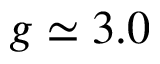
g \simeq 3 . 0